画像に写った文字を読んでください
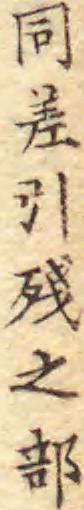
「同差引殘之部」と書いてあります